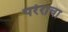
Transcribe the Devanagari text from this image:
परेराचा